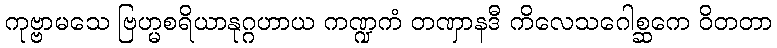
ကုဗ္ဗာမသေ ဗြဟ္မစရိယာနုဂ္ဂဟာယ ကဏ္ဍကံ တဏှာနဒီ ကိလေသဂေါစ္ဆကေ ဝိတတာ